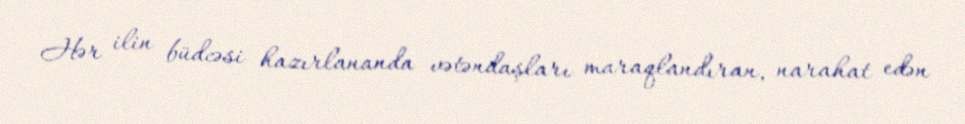
Hər ilin büdcəsi hazırlananda vətəndaşları maraqlandıran, narahat edən